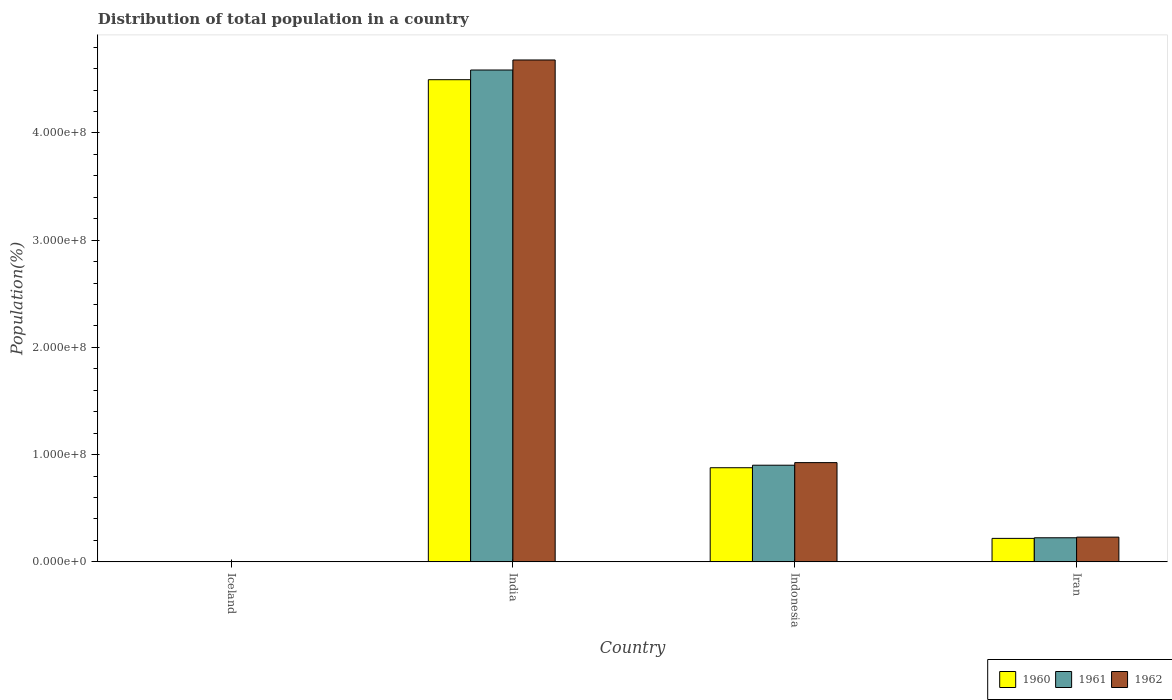
| Country | 1960 | 1961 | 1962 |
 | --- | --- | --- | --- |
 | Iceland | 1.76e+05 | 1.79e+05 | 1.82e+05 |
 | India | 4.5e+08 | 4.59e+08 | 4.68e+08 |
 | Indonesia | 8.78e+07 | 9.01e+07 | 9.26e+07 |
 | Iran | 2.19e+07 | 2.25e+07 | 2.31e+07 |